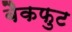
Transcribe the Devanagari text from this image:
बैकफुट